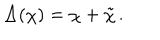
LaTeX: \Delta ( \chi ) = \chi + \tilde { \chi } \, .